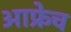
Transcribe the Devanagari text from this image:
आफ्रेच